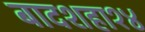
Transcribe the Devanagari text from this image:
बादशहा१४